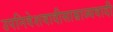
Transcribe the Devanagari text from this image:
उपनिवेशवादीसाम्राज्यवादी